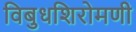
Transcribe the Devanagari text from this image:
विबुधशिरोमणी